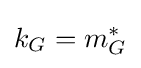
k_{G}=m_{G}^{*}